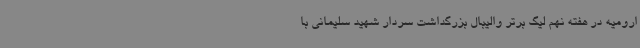
ارومیه در هفته نهم لیگ برتر والیبال بزرگداشت سردار شهید سلیمانی با